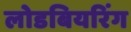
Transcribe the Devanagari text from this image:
लोडबियरिंग